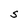
Character: S